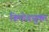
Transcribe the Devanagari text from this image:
हिमोढयुक्त